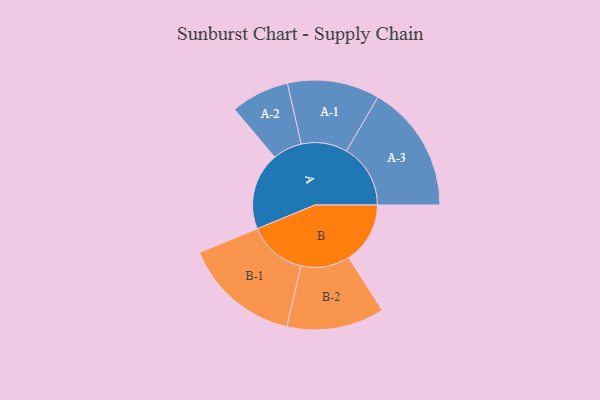
{"axis": {"x": "Segment", "y": "Value"}, "legend": ["", "A", "B"], "data": [{"x": "A", "y": 336, "type": ""}, {"x": "B", "y": 267, "type": ""}, {"x": "A-1", "y": 200, "type": "A"}, {"x": "A-2", "y": 127, "type": "A"}, {"x": "A-3", "y": 278, "type": "A"}, {"x": "B-1", "y": 254, "type": "B"}, {"x": "B-2", "y": 212, "type": "B"}]}